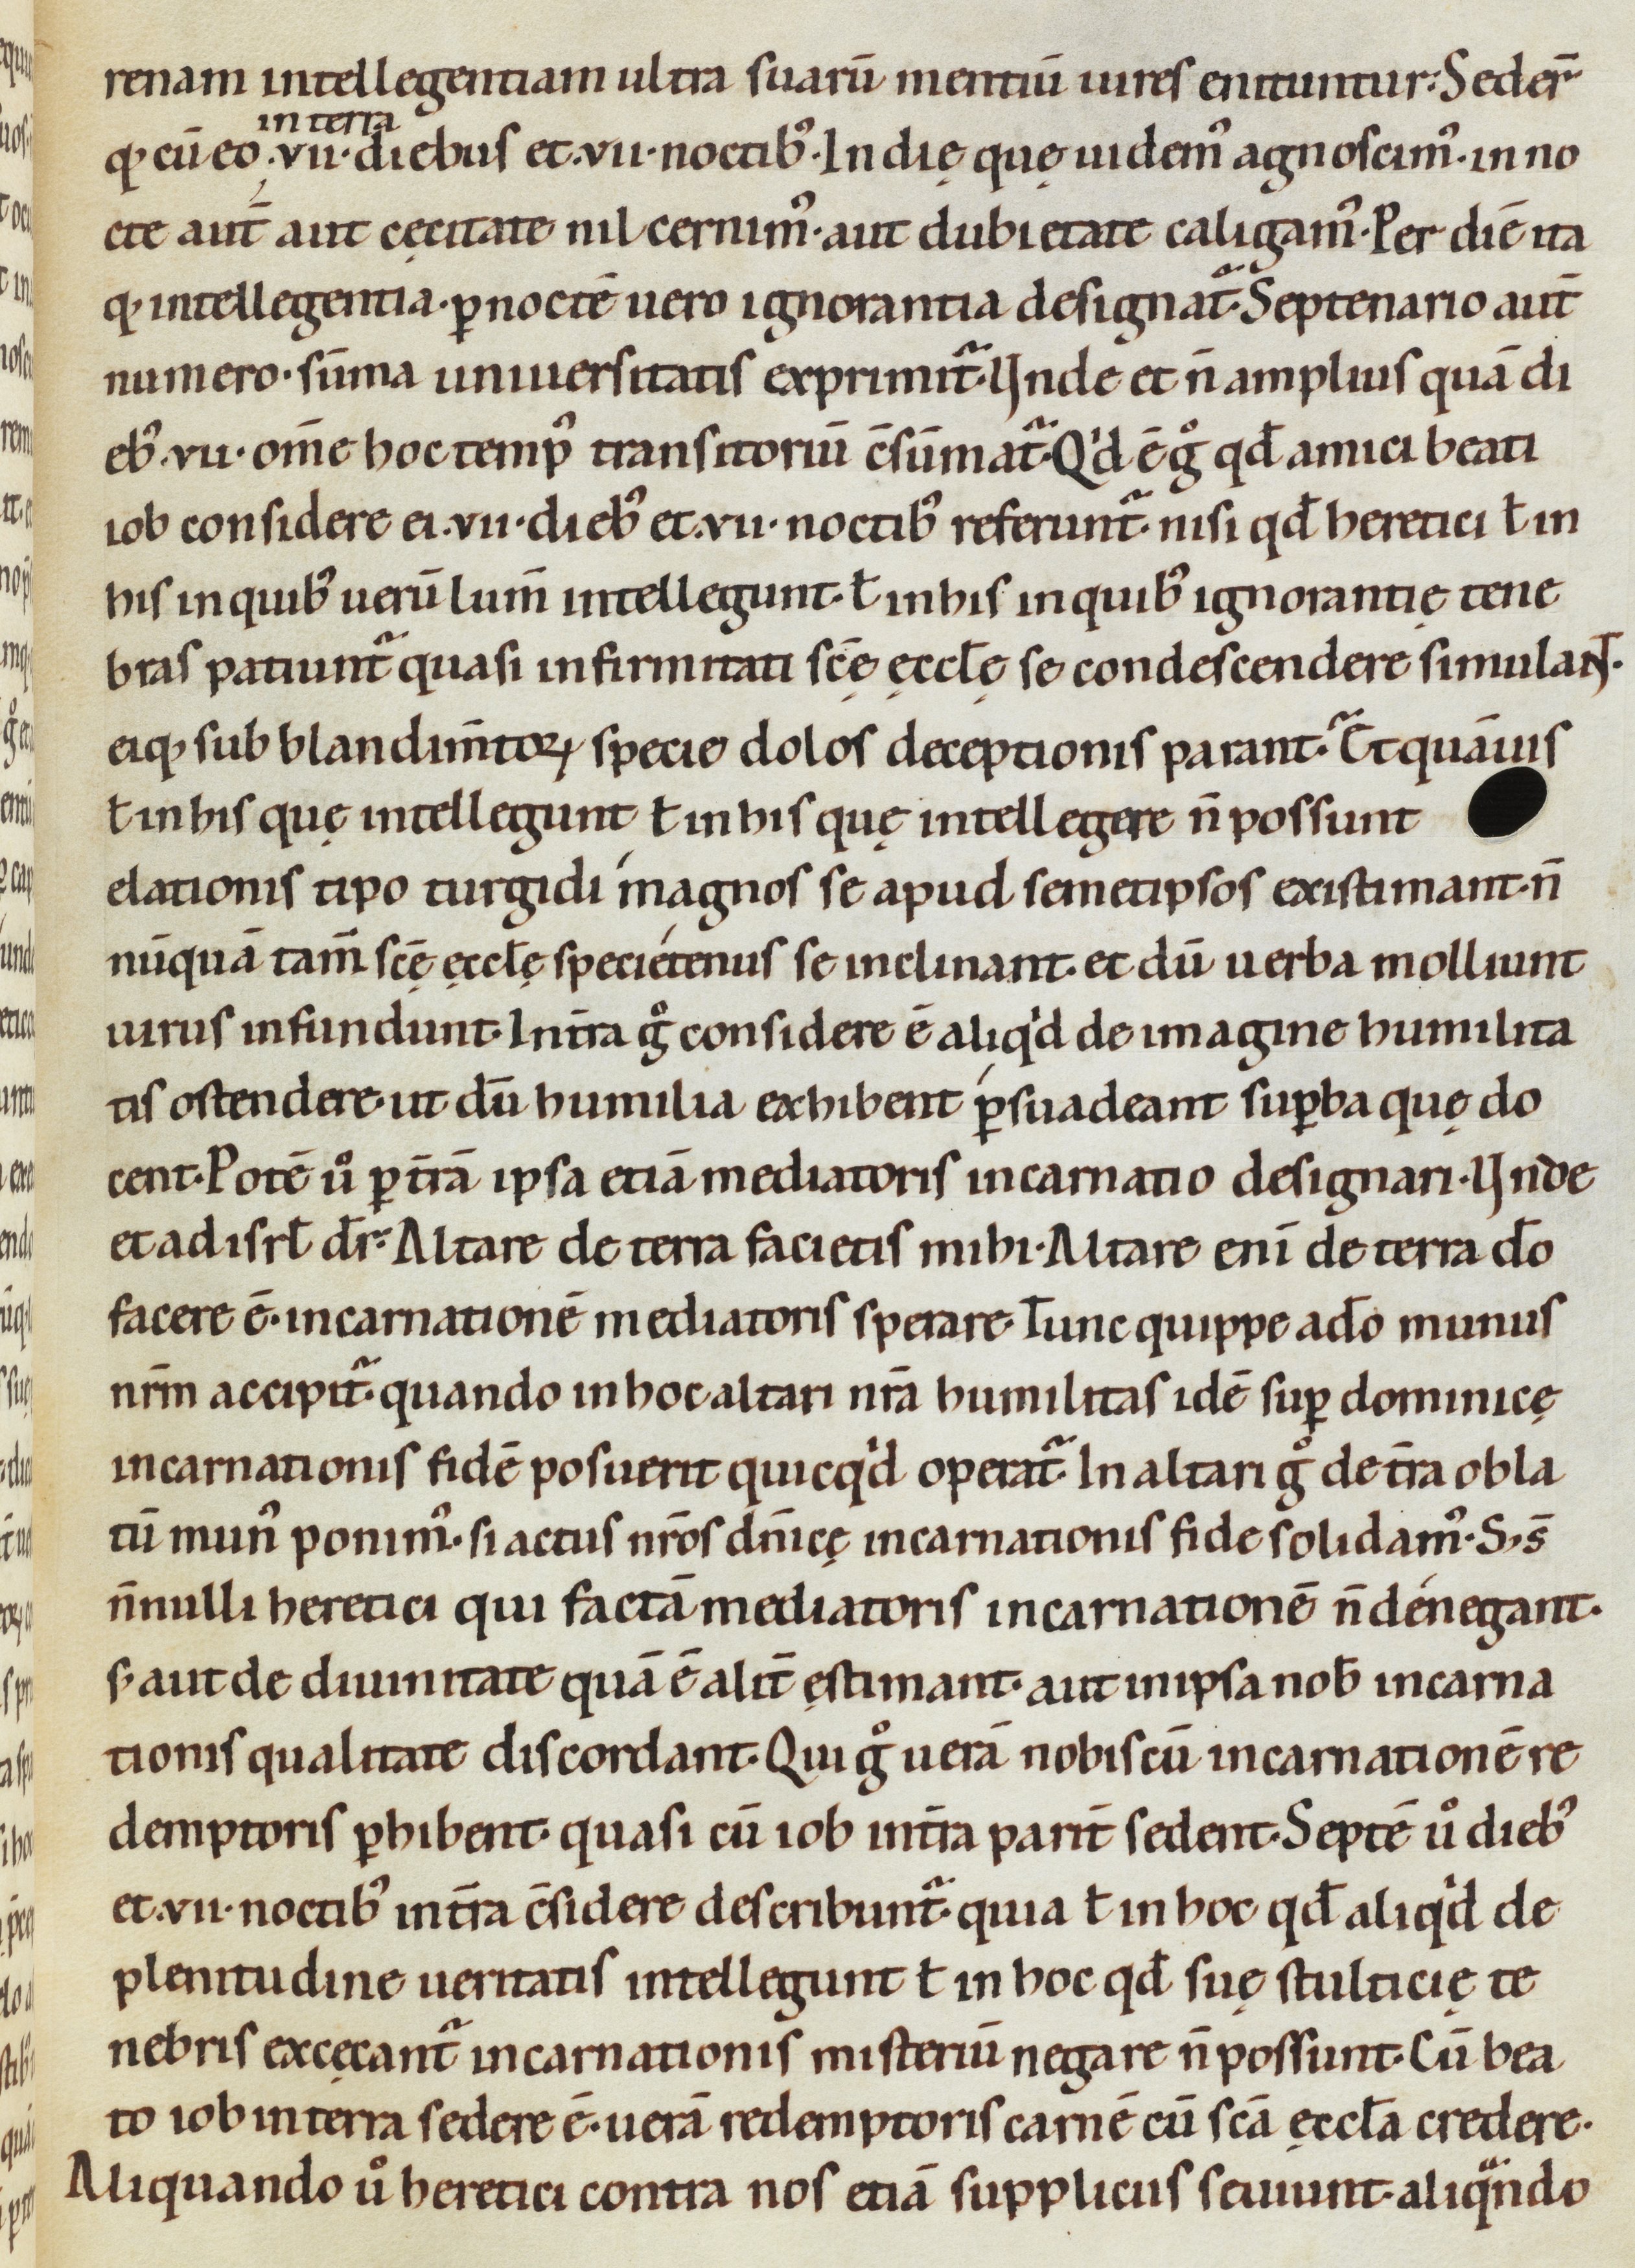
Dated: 1080–1096